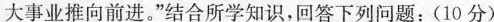
大事业推向前进。”结合所学知识，回答下列问题：(10分)